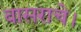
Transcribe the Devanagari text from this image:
वासराचे।